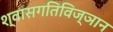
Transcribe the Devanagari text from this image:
श्वासगतिविज्ञान